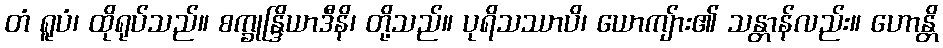
တံ ရူပံ၊ ထိုရုပ်သည်။ စက္ခုန္ဒြိယာဒီနိ၊ တို့သည်။ ပုရိသဿာပိ၊ ယောကျ်ား၏ သန္တာန်လည်း။ ဟောန္တိ